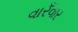
વારઁવાર